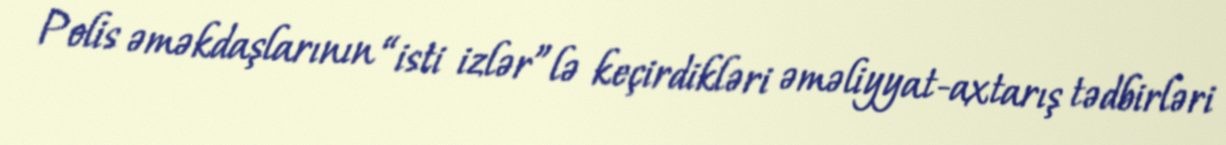
Polis əməkdaşlarının “isti izlər”lə keçirdikləri əməliyyat-axtarış tədbirləri